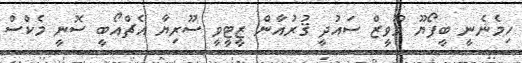
ހިމެނެނީ ބީފޯޔޫ މޫވީޒް ސައުދީ ޤުރުއާން ޒީޓީވީ ސޫރިޔާ އެޗްއޯބީ ސޮނީ މެކްސް